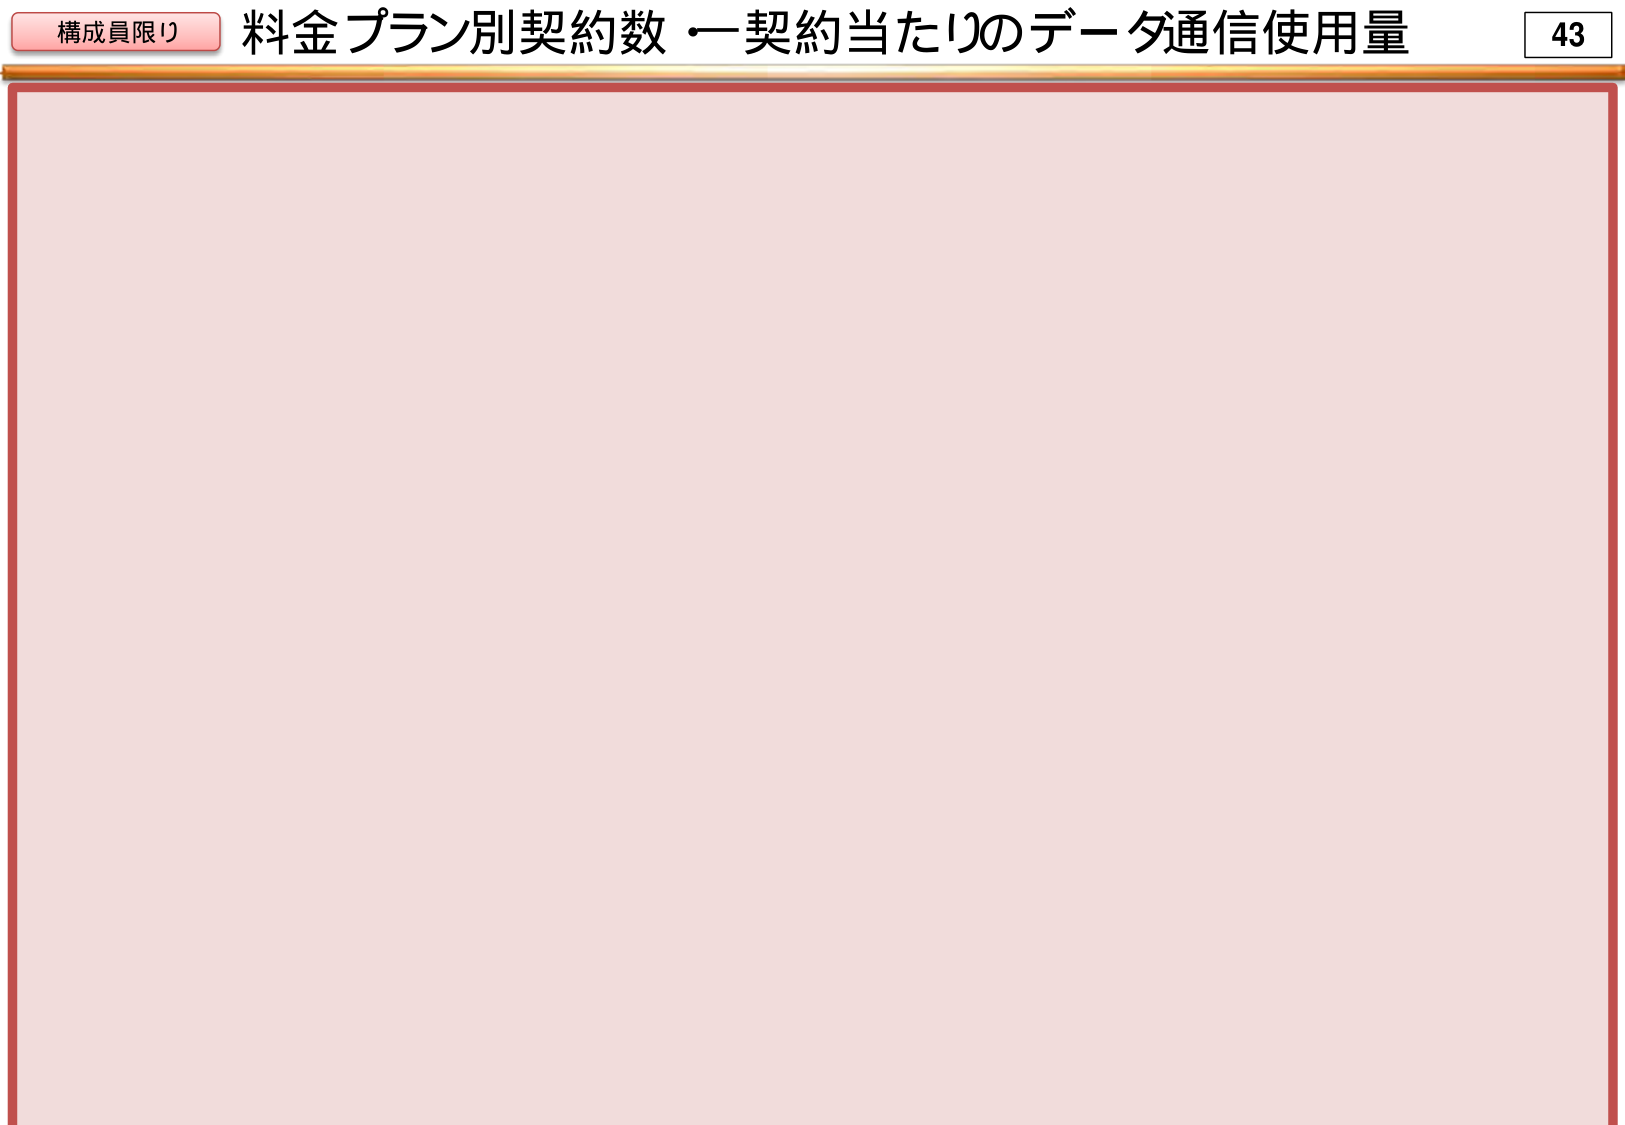
構成員限り 料金プラン別契約数・一契約当たりのデータ通信使用量 43